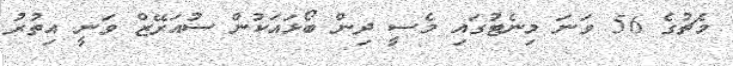
މެޗުގެ 56 ވަނަ މިނެޓުގައި މެސީ ދިން ބޯޅައަކުން ސުއަރޭޒް ވަނީ އިތުރު